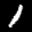
Label: 1